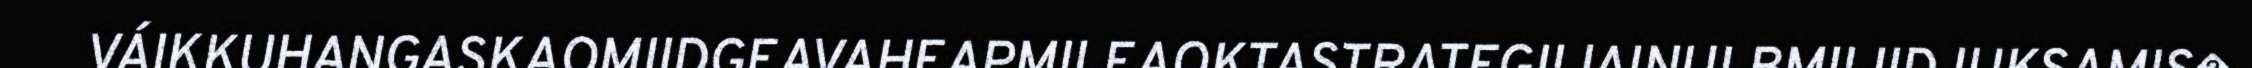
VÁIKKUHANGASKAOMIIDGEAVAHEAPMILEAOKTASTRATEGIIJAINULBMILIIDJUKSAMIS�